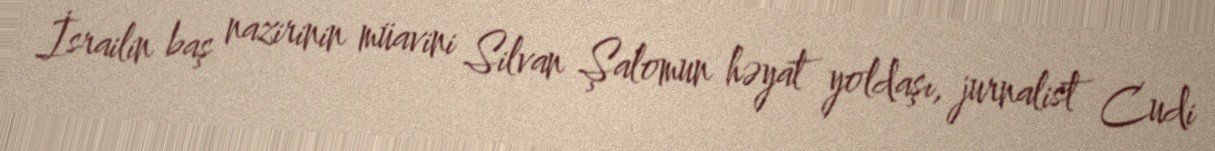
İsrailin baş nazirinin müavini Silvan Şalomun həyat yoldaşı, jurnalist Cudi